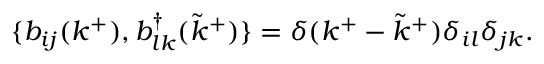
\{ b _ { i j } ( k ^ { + } ) , b _ { l k } ^ { \dagger } ( { \tilde { k } } ^ { + } ) \} = \delta ( k ^ { + } - { \tilde { k } } ^ { + } ) \delta _ { i l } \delta _ { j k } .